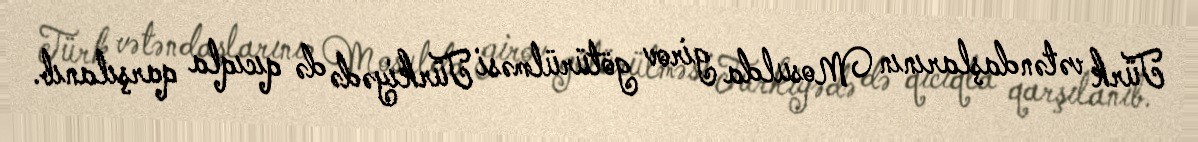
Türk vətəndaşlarının Mosulda girov götürülməsi Türkiyədə də qıcıqla qarşılanıb.